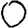
Digit: 0